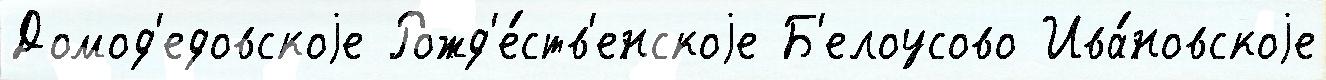
Домод'едовскоjе Рожд'е́ств'енскоjе Б'елоусово Ива́новскоjе